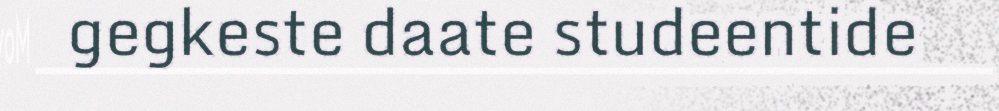
gegkeste daate studeentide